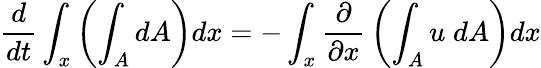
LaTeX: {\frac{d}{dt}}\int_{x}\left(\int_{A}dA\right)dx=-\int_{x}{\frac{\partial}{\partial x}}\left(\int_{A}u\; dA\right)dx